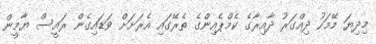
މިދިޔަ މޭމަހު ދިއްގަރު ދާއިރާގެ ކެމްޕެއިންގެ ތެރޭގައި އެރަށަށް ވަޑައިގެން ރައީސް ޔާމީން